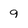
Character: 9